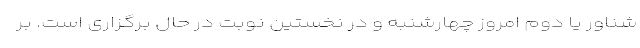
شناور یا دوم امروز چهارشنبه و در نخستین نوبت در حال برگزاری است. بر